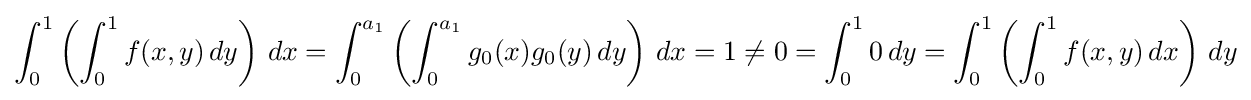
\int _{0}^{1}\left(\int _{0}^{1}f(x,y)\,dy\right)\,dx=\int _{0}^{a_{1}}\left(\int _{0}^{a_{1}}g_{0}(x)g_{0}(y)\,dy\right)\,dx=1\neq 0=\int _{0}^{1}0\,dy=\int _{0}^{1}\left(\int _{0}^{1}f(x,y)\,dx\right)\,dy